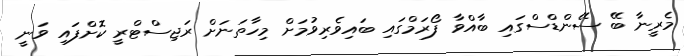
މެރީނާ ބޭ ސޭންޑްސްގައި ބާއްވާ ފޯރަމްގައި ބައިވެރިވުމަށް މިހާތަނަށް ރަޖިސްޓްރީ ކޮށްފައި ވަނީ